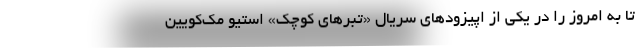
تا به امروز را در یکی از اپیزودهای سریال «تبرهای کوچک» استیو مک‌کویین